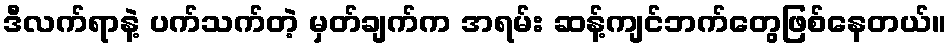
ဒီလက်ရာနဲ့ ပက်သက်တဲ့ မှတ်ချက်က အရမ်း ဆန့်ကျင်ဘက်တွေဖြစ်နေတယ်။